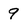
Character: 9